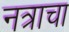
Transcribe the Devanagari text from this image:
नत्राचा